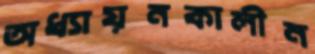
অধ্যায়নকালীন